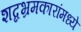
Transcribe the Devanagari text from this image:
शब्दभ्रमकारांमध्ये